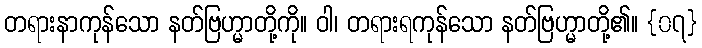
တရားနာကုန်သော နတ်ဗြဟ္မာတို့ကို။ ဝါ၊ တရားရကုန်သော နတ်ဗြဟ္မာတို့၏။ {၀၇}